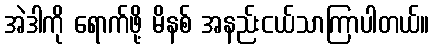
အဲဒါကို ရောက်ဖို့ မိနစ် အနည်းငယ်သာကြာပါတယ်။